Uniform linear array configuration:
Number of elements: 32
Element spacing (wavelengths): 0.75
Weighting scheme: hann
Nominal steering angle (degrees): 30
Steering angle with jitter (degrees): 29.729
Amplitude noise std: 0.05
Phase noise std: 0.05

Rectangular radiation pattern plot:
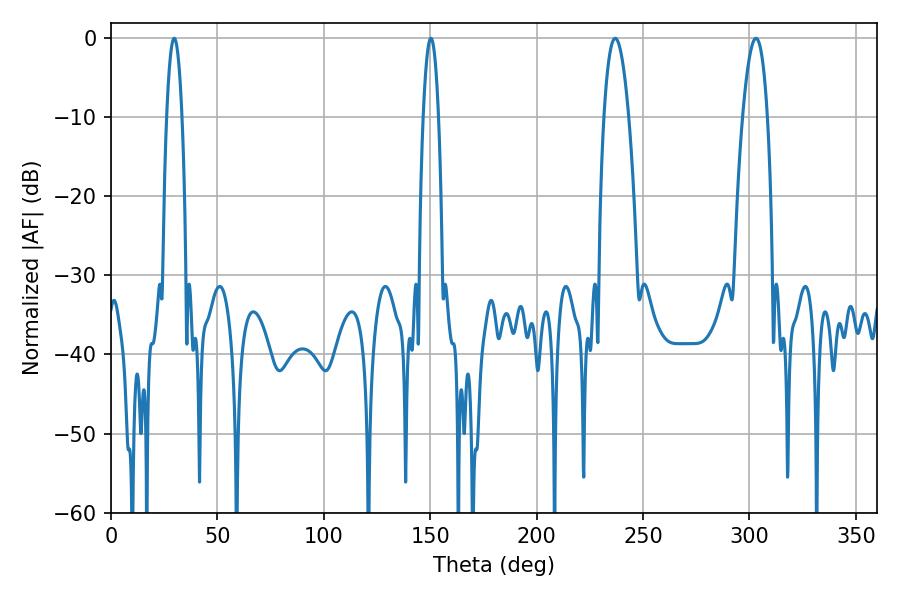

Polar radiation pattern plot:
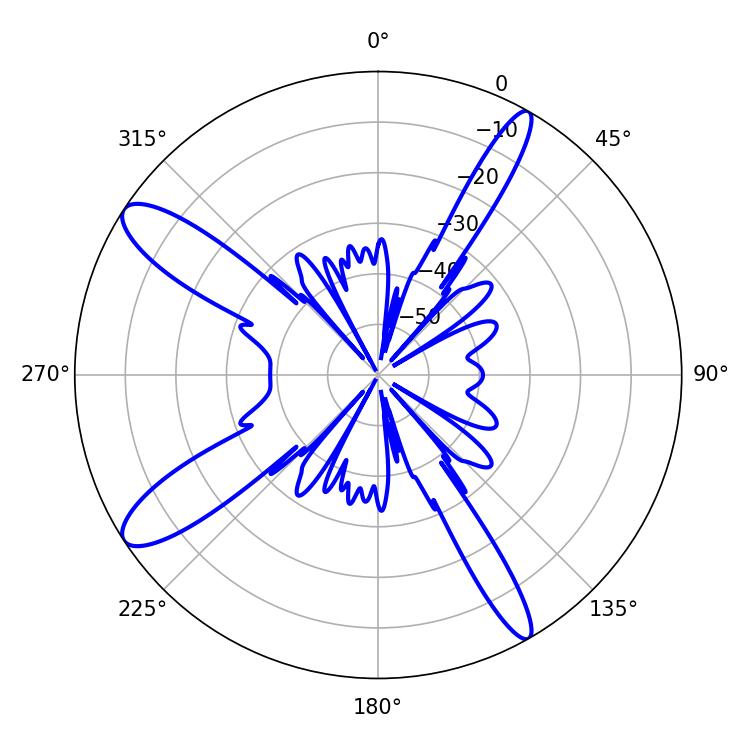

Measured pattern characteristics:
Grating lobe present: TRUE
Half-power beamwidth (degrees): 3.96
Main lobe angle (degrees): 29.7